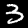
Label: 3